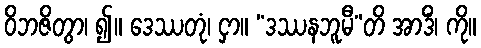
ဝိဘဇိတွာ၊ ၍။ ဒေဿတုံ၊ ငှာ။ “ဒဿနဘူမီ”တိ အာဒိံ၊ ကို။